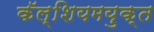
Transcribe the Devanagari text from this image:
कॅल्शियमयुक्त